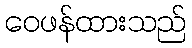
ဝေဖန်ထားသည်